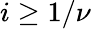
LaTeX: i\geq 1/\nu